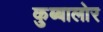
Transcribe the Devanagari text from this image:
कुब्बालोर